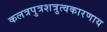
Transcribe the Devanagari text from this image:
कलत्रपुत्रशत्रुत्वकारणाय